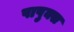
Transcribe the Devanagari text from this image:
पापुक्स